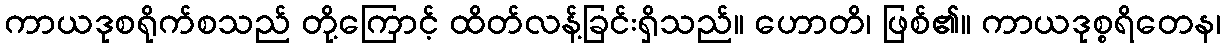
ကာယဒုစရိုက်စသည် တို့ကြောင့် ထိတ်လန့်ခြင်းရှိသည်။ ဟောတိ၊ ဖြစ်၏။ ကာယဒုစ္စရိတေန၊